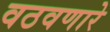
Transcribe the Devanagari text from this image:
वठवणारे